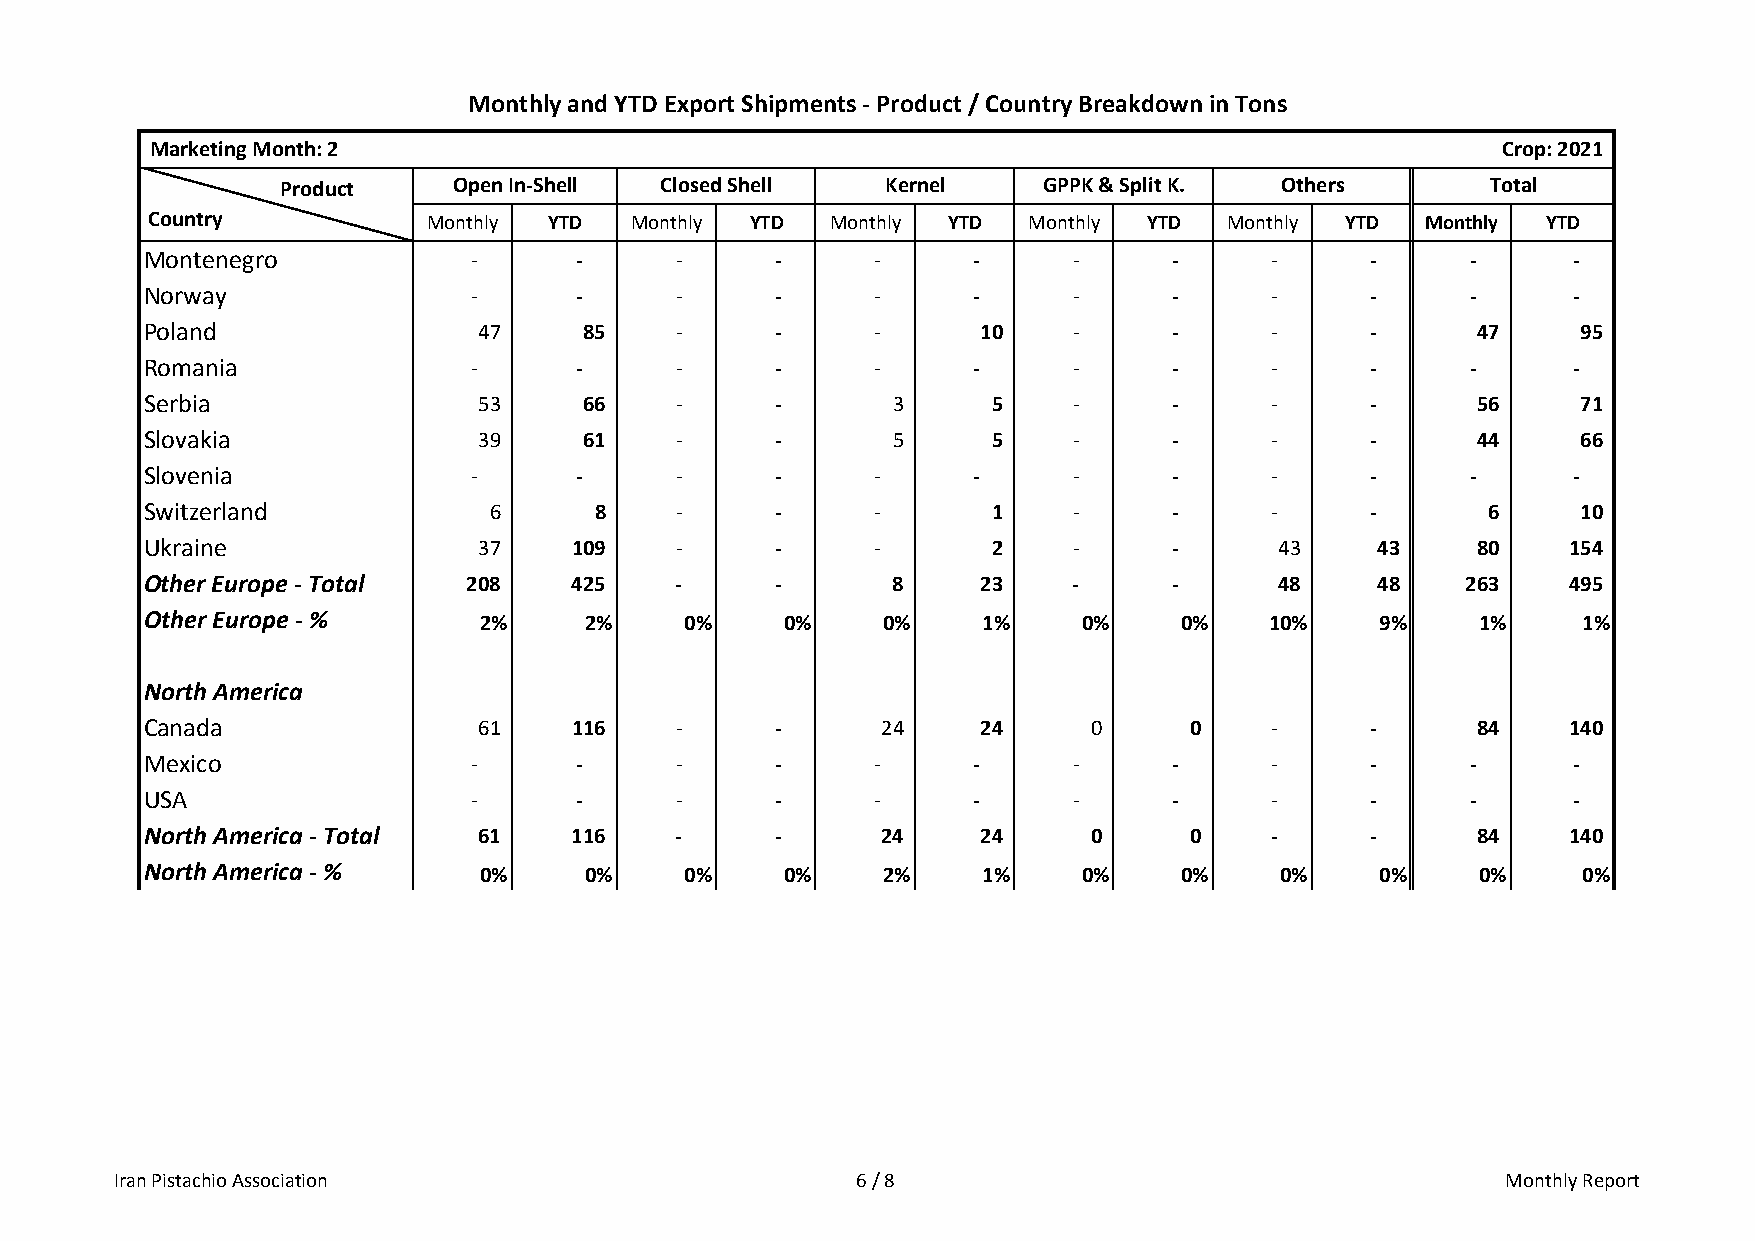
Monthly and YTD Export Shipments ‐ Product / Country Breakdown in Tons
 Marketing Month: 2                                                                       Crop: 2021
 Product    Open In‐Shell Closed Shell   Kernel    GPPK & Split K. Others        Total
 Country           Monthly YTD   Monthly YTD  Monthly YTD  Monthly YTD  Monthly YTD  Monthly YTD
 Montenegro            ‐      ‐      ‐     ‐      ‐     ‐      ‐      ‐     ‐      ‐     ‐      ‐
 Norway                ‐      ‐      ‐     ‐      ‐     ‐      ‐      ‐     ‐      ‐     ‐      ‐
 Poland                 47     85    ‐     ‐      ‐      10    ‐      ‐     ‐      ‐      47     95
 Romania               ‐      ‐      ‐     ‐      ‐     ‐      ‐      ‐     ‐      ‐     ‐      ‐
 Serbia                 53     66    ‐     ‐       3      5    ‐      ‐     ‐      ‐      56     71
 Slovakia               39     61    ‐     ‐       5      5    ‐      ‐     ‐      ‐      44     66
 Slovenia              ‐      ‐      ‐     ‐      ‐     ‐      ‐      ‐     ‐      ‐     ‐      ‐
 Switzerland            6      8     ‐     ‐      ‐       1    ‐      ‐     ‐      ‐      6      10
 Ukraine                37    109    ‐     ‐      ‐       2    ‐      ‐      43    43     80    154
 Other Europe ‐ Total  208    425    ‐     ‐       8     23    ‐      ‐      48    48    263    495
 Other Europe ‐ %       2%     2%    0%     0%    0%     1%     0%    0%    10%    9%     1%     1%
 North America
 Canada                 61    116    ‐     ‐      24     24     0      0    ‐      ‐      84    140
 Mexico                ‐      ‐      ‐     ‐      ‐     ‐      ‐      ‐     ‐      ‐     ‐      ‐
 USA                   ‐      ‐      ‐     ‐      ‐     ‐      ‐      ‐     ‐      ‐     ‐      ‐
 North America ‐ Total  61    116    ‐     ‐      24     24     0      0    ‐      ‐      84    140
 North America ‐ %      0%     0%    0%     0%    2%     1%     0%    0%     0%    0%     0%     0%
 Iran Pistachio Association                       6 / 8                                      Monthly Report